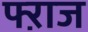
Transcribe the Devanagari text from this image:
फ्ऱाज